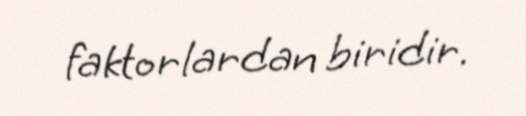
faktorlardan biridir.